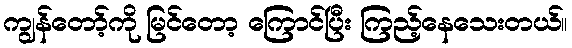
ကျွန်တော့်ကို မြင်တော့ ကြောင်ပြီး ကြည့်နေသေးတယ်။